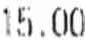
15.00